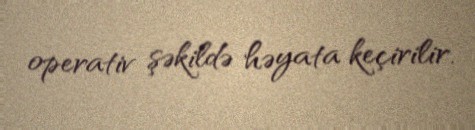
operativ şəkildə həyata keçirilir.